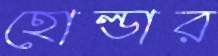
হোল্ডার